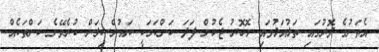
އެތަނުގެ ދޮރުގައި ތަޅުއަޅުވައި މޮހޮރު ޖެހުން ފަދަ ކަންކަމަކީ ކައުންސިލަށް ކުރެވޭނެ ކަންތަކެއް